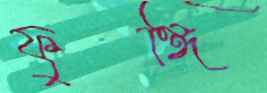
ফুঙ্গি